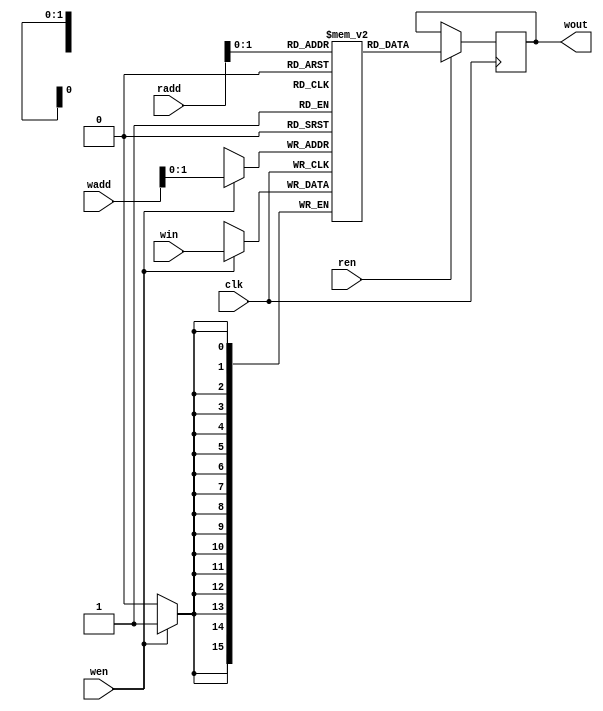
module Weight_Memory #(parameter numWeight = 3, neuronNo=5,layerNo=1,addressWidth=10,dataWidth=16,weightFile="w_1_15.mif") 
    ( 
    input clk,
    input wen,
    input ren,
    input [addressWidth-1:0] wadd,
    input [addressWidth-1:0] radd,
    input [dataWidth-1:0] win,
    output reg [dataWidth-1:0] wout);
    
    reg [dataWidth-1:0] mem [numWeight-1:0];

    `ifdef pretrained
        initial
		begin
	        $readmemb(weightFile, mem);
	    end
	`else
		always @(posedge clk)
		begin
			if (wen)
			begin
				mem[wadd] <= win;
			end
		end 
    `endif
    
    always @(posedge clk)
    begin
        if (ren)
        begin
            wout <= mem[radd];
        end
    end 
endmodule